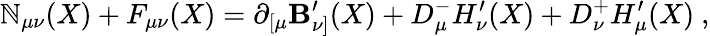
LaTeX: \mathbb{N}_{\mu\nu}(X)+F_{\mu\nu}(X)=\partial_{[\mu}\mathbf{B}_{\nu]}^{\prime}(X)+D_{\mu}^{-}H_{\nu}^{\prime}(X)+D_{\nu}^{+}H_{\mu}^{\prime}(X)\ ,